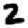
Digit: 2